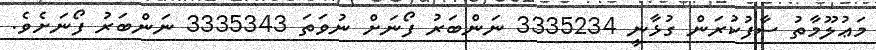
މަޢުލޫމާތު ސާފުކުރަން ގުޅާނީ 3335234 ނަންބަރު ފޯނަށް ނުވަތަ 3335343 ނަންބަރު ފޯނަށެވެ.